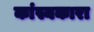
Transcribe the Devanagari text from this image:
कांस्यकारा